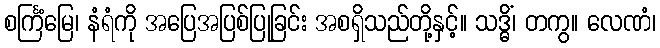
စင်္ကြံမြေ၊ နံရံကို အပြေအပြစ်ပြုခြင်း အစရှိသည်တို့နှင့်။ သဒ္ဓိံ၊ တကွ။ လေဏံ၊